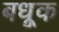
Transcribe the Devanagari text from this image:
बधूक